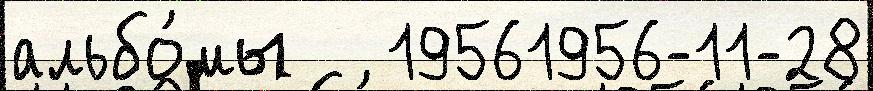
альбо́мы   19561956-11-28